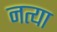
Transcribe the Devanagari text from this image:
नत्या